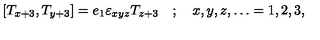
\left[ T _ { x + 3 } , T _ { y + 3 } \right] = e _ { 1 } \varepsilon _ { x y z } T _ { z + 3 } \quad ; \quad x , y , z , \dots = 1 , 2 , 3 ,